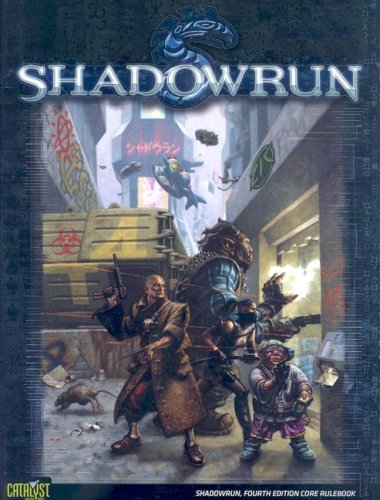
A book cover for Shadowrun 4th Edition; Catalyst Game Labs; Science Fiction & Fantasy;